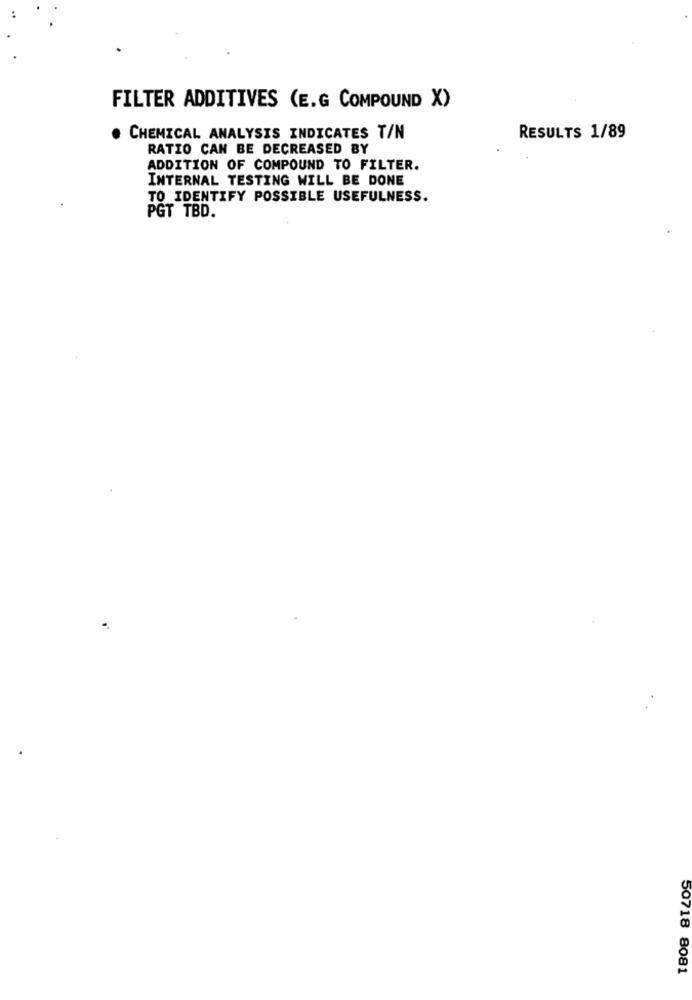
FILTER ADDITIVES (E.G COMPOUND X)
CHEMICAL ANALYSIS INDICATES T/N
RESULTS 1/89
RATIO CAN BE DECREASED BY
ADDITION OF COMPOUND TO FILTER.
INTERNAL TESTING WILL BE DONE
TO IDENTIFY POSSIBLE USEFULNESS.
PGT TBD.
50718 8081